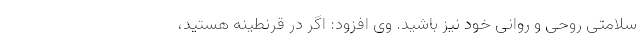
سلامتی روحی و روانی خود نیز باشید. وی افزود: اگر در قرنطینه هستید،